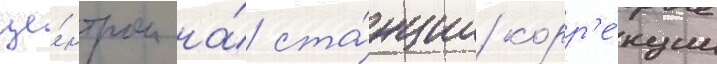
це́нтром на́ ста́нции корр'е́кции